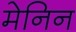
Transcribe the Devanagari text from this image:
मेनिन